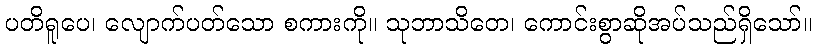
ပတိရူပေ၊ လျောက်ပတ်သော စကားကို။ သုဘာသိတေ၊ ကောင်းစွာဆိုအပ်သည်ရှိသော်။